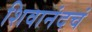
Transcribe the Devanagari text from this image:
शिवानंदचं